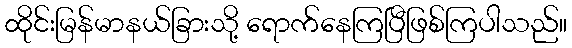
ထိုင်းမြန်မာနယ်ခြားသို့ ရောက်နေကြပြီဖြစ်ကြပါသည်။